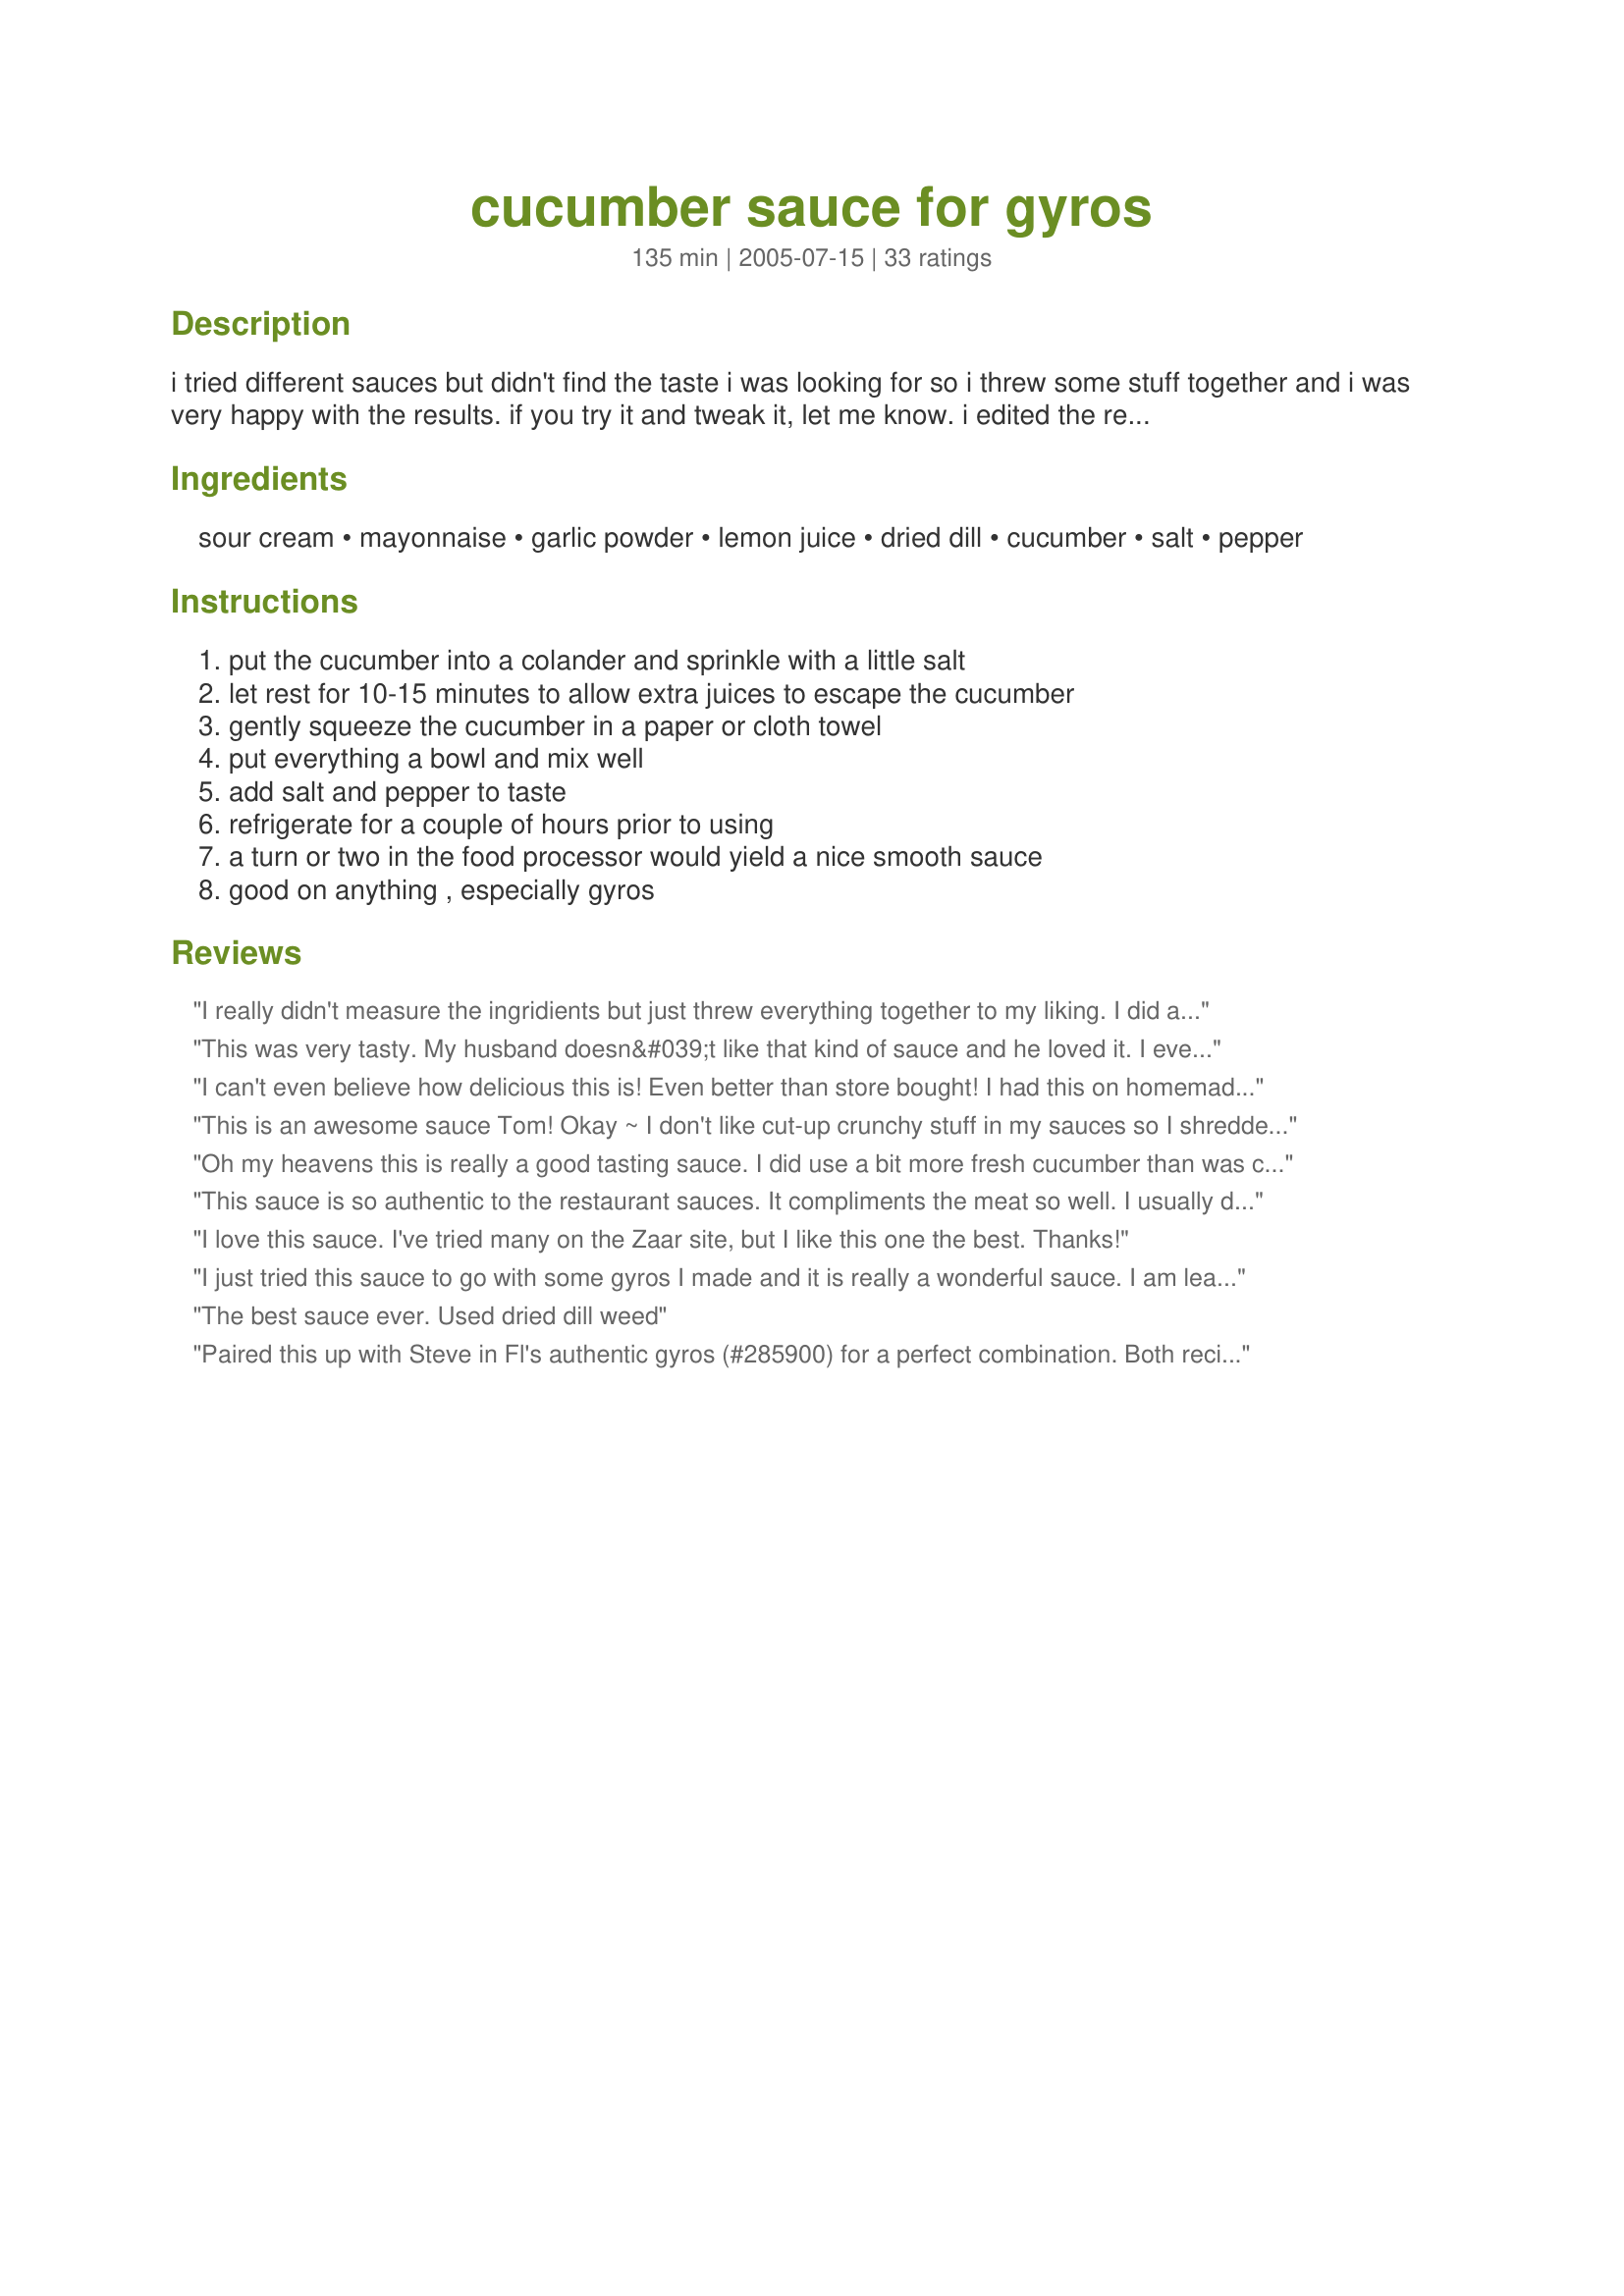
cucumber sauce for gyros
Preparation time: 135 minutes

i tried different sauces but didn't find the taste i was looking for so i threw some stuff together and i was very happy with the results. if you try it and tweak it, let me know. i edited the recipe after reading the great suggestions.

Ingredients:
sour cream, mayonnaise, garlic powder, lemon juice, dried dill, cucumber, salt, pepper

Steps:
put the cucumber into a colander and sprinkle with a little salt, let rest for 10-15 minutes to allow extra juices to escape the cucumber, gently squeeze the cucumber in a paper or cloth towel, put everything a bowl and mix well, add salt and pepper to taste, refrigerate for a couple of hours prior to using, a turn or two in the food processor would yield a nice smooth sauce, good on anything , especially gyros

Reviews:
I really didn't measure the ingridients but just threw everything together to my liking. I did add in one thing though and that was some dill weed. DH and I put this on top of our gyros (#81048) and we were both in heaven. Thank you so much for a great recipe. Actually, I could just eat this stuff plain...that's how good it is.
This was very tasty. My husband doesn&#039;t like that kind of sauce and he loved it. I even used lime juice because I was out of lemon. ?
 It tasted great though and I used fresh dill! Thanks for a great recipe.
I can't even believe how delicious this is! Even better than store bought!

I had this on homemade Gyros and wow! Simply fantastic!
This is an awesome sauce Tom! Okay ~ I don't like cut-up crunchy stuff in my sauces so I shredded the cucumber and used just a half of one. I substituted lemon pepper instead of the lemon juice (just didn't have any on hand) and added more dill because it is loved so much at our house. It was wonderful made with a ground beef gyro recipe from this site. Thanks so much for this easy, delicious recipe!
Oh my heavens this is really a good tasting sauce. I did use a bit more fresh cucumber than was called for but followed the rest and it was wonderful on fish tacos and then we started eating it on the leftover pulled pork. It set the pork off perfectly. I will definitely be making this again and again. Thank you for sharing Tom it really is wonderful.
This sauce is so authentic to the restaurant sauces. It compliments the meat so well. I usually double the recipe because we are a family of 5 and with this amount it is perfect. I used recipe# 285900 for the Gyros and let me tell you they are amazing. Thanks for posting!!
I love this sauce. I've tried many on the Zaar site, but I like this one the best. Thanks!
I just tried this sauce to go with some gyros I made and it is really a wonderful sauce. I am leaving a review because I wanted to share a tip for the sauce that I ended up using. Being that it is winter, I could not find a decent cucumber in our local store, but I do grow the herb called "salad brunet". It is not a well known herb, but when it is fully mature, the leaves, that look like parsley, taste like cucumbers. I substituted 1/4 cup of the chopped leaves instead of the cukes and no one could tell it did not have real cukes in it!!! I think this is a great substitution until I can get the garden up and running again, as I do like the chunkiness of real cukes.
The best sauce ever. Used dried dill weed
Paired this up with Steve in Fl's authentic gyros (#285900) for a perfect combination. Both recipes are easy to make and heavenly together. Thanks, Tom.
This is a great sauce!! Used it on Gyros #39602 and it works great!! I will be using again~~Thanks so much for sharing!! :O)
Will use this for my zatziki sauce from now on. I did make a small change. I used minced garlic and added fresh parsley, as well. Thnx for posting my personal fave for sauce, Tom.
We loved it!!!<br/>Definitely a keeper.
I love this sauce but I don't put the cucumber in the sauce.I put it in the pocket so it doesn't water the sauce.
My brother and I used this recipe for the homemade gyros we made and found it to be better than any other sauce we've ever used for gyros. We had to make more because we both use quite a bit of sauce. In the first we used a food processor to make a smoother sauce, which he loved. The second we kept the cucumber just finely chopped and I loved that. It does make a difference, just preference. We loved them both!
Thanks for posting a yogurt-free recipe~ it saved me from having to run back to the store for some!
Oh this is Jake from State Farm...no, not that; wrong commercial. Ok then, this is me...great sauce!
I was skeptical about making a gyro sauce with sour cream instead of yogurt, but this was delicious. Worked great for gyros and even the kids loved it. For adults, I would add a clove of pressed/minced garlic for extra kick.
This is fabulous! I will make this anytime I need sauce for gyros. Thank you for posting!
This is a great sauce and very close to what I get at my local restaurant. Very important to let cucumber rest or the sauce will be loose and runny.
This sauce is delicious. My husband loves it on his gyros! I agree with jhorn......it is crucial to get rid of as much cucumber juice as possible. &lt;br/&gt;TIP: I food processed the cucumber first and then let it sit in mesh strainer...alot of water drained out quickly! And then I had enough cucumber juice to make some cucumber water.
Loved it, though a little bland and did not want to use added salt, added a few Italian seasons. Replaced the mayonnaise with Greek Yogurt x 2. Ran it through a food processor after draining the cucumber juices and my was it fresh and tasty on my Gyro....Thanks for the tips. Great Authentic Sauce and so much better than the shelf dressings. The Gyro is just not the same without it.
This is a wonderful recipe for cucumber sauce! I used it on rosemary flat bread (recipe #100767) and could think of many other ways to use it. I also added some dill. Thanks for the recipe!
I just made this my husband loved it. I added a pinch more fresh dill, used course blk pepper. Because it came out a lil watery next time I will use an English cucumber it's less watery
This sauce was perfect, I was looking for a sauce that used sour cream instead of yogurt, thanks for sharing.
loved this- better than store bought for sure, although a little bit thinner in consistency. Thanks so much!
Good with fresh dill added too.
I was looking for this kind of sauce and only had sour cream on hand. I'm glad I found this! It was heavenly with my spicy chicken kabobs. I used light sour cream and mayo. I had dill seeds so I threw in a couple. I'll be making this again but I think I might add some more garlic next time...maybe fresh minced. Thanks Tom Collins...great recipe and directions!
It tastes just like the restaurant I frequent. It has a nice, cool, crisp, and yummy with my chicken gyros.
My husband loved this sauce! Thanks!!
I chose this recipe because I rarely have greek or unflavored yogurt in the house. It was super easy to make and doesn&#039;t leave you with a ton of leftovers. This is my first time making cucumber sauce or tzatziki, so I&#039;m no connoisseur, but I thought this was really good. Can&#039;t wait to try it on gyros! Thanks!
This was pretty good. I did add a little extra lemon juice and a touch of sugar for a little more flavor. I didn't have any yogurt but this still made my gyro delicious. Thanks!
This is a super easy and REALLY Tasty sauce. Great for lots of pita recipes. Thanks very much for printing it. My husband and son said it made the meal
